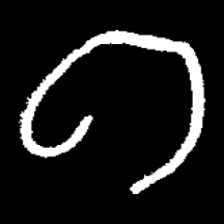
Pyu character \u2014 Myanmar letter: ဂ (romanized: ga)